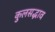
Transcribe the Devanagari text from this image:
कुलसद्भाव